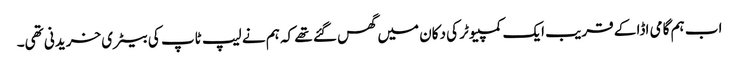
اب ہم گامی اڈا کے قریب ایک کمپیوٹر کی دکان میں گھس گئے تھے کہ ہم نے لیپ ٹاپ کی بیٹری خریدنی تھی۔